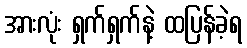
အားလုံး ရှက်ရှက်နဲ့ ထပြန်ခဲ့ရ